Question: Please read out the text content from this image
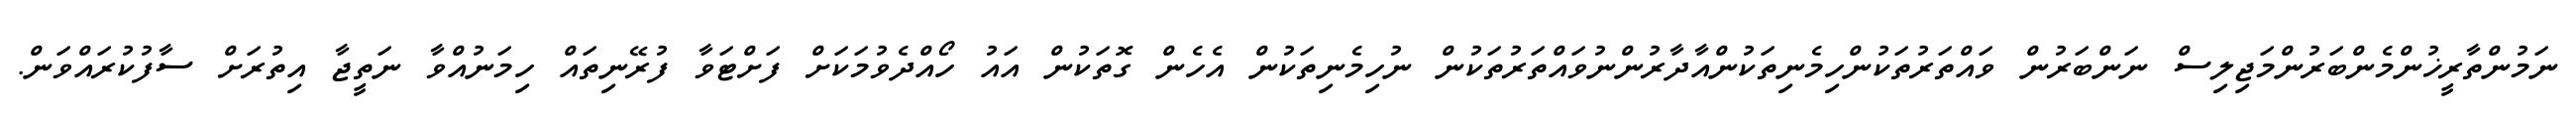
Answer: ނަމުންތާރީޚުންމެންބަރުންމަޖިލިސް ނަންބަރުން ވައްތަރުތަކުންހިމެނިތަކުންއާދާރުންނުވައްތަރުތަކުން ނުހިމެނިތަކުން އެހެން ގޮތަކުން އައު ހޯއްދެވުމަކަށް ފަށްޓަވާ ފުރޭނިތައް ހިމަނުއްވާ ނަތީޖާ އިތުރަށް ސާފުކުރައްވަން.